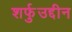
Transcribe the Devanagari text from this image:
शर्फुउद्दीन